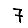
Digit: 7